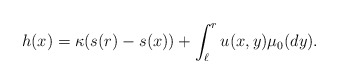
\begin{align*}h(x)=\kappa(s(r)-s(x)) +\int_{\ell}^r u(x,y)\mu_0(dy).\end{align*}